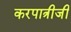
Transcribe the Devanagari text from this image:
करपात्रीजी